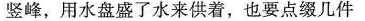
竖峰，用水盘盛了水来供着，也要点缀几件